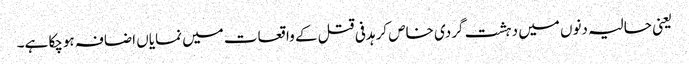
یعنی حالیہ دنوں میں دہشت گردی خاص کر ہدفی قتل کے واقعات میں نمایاں اضافہ ہوچکا ہے۔